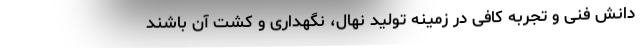
دانش فنی و تجربه کافی در زمینه تولید نهال، نگهداری و کشت آن باشند